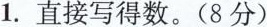
1.直接写得数。(8分)